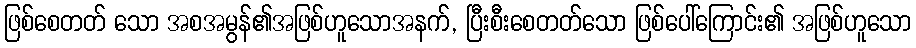
ဖြစ်စေတတ် သော အစအမွန်၏အဖြစ်ဟူသောအနက်, ပြီးစီးစေတတ်သော ဖြစ်ပေါ်ကြောင်း၏ အဖြစ်ဟူသော